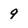
Character: 9